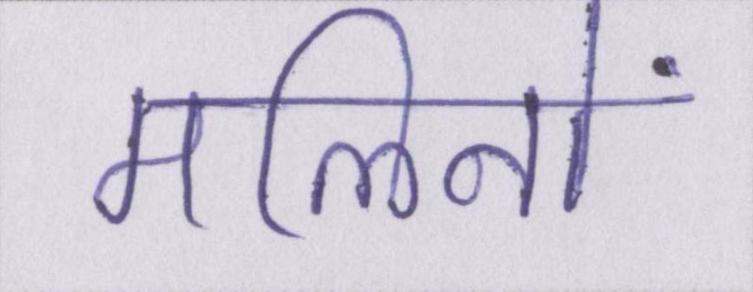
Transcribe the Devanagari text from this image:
मलिनों